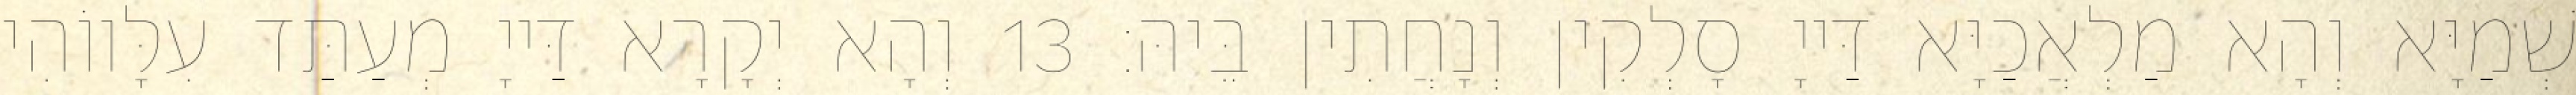
שְׁמַיָּא וְהָא מַלְאֲכַיָּא דַּייָ סָלְקִין וְנָחֲתִין בֵּיהּ׃ 13 וְהָא יְקָרָא דַּייָ מְעַתַּד עִלָּווֹהִי